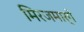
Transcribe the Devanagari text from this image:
मिरजमार्गे